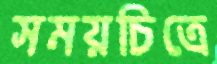
সময়চিত্রে